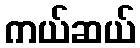
ကယ်ဆယ်